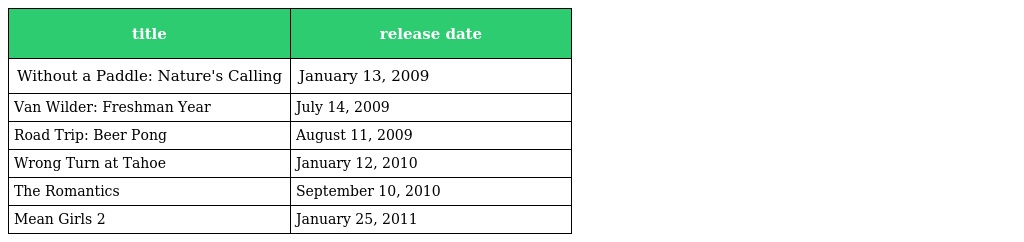
| title | release date |
 | --- | --- |
 | Without a Paddle: Nature's Calling | January 13, 2009 |
 | Van Wilder: Freshman Year | July 14, 2009 |
 | Road Trip: Beer Pong | August 11, 2009 |
 | Wrong Turn at Tahoe | January 12, 2010 |
 | The Romantics | September 10, 2010 |
 | Mean Girls 2 | January 25, 2011 |